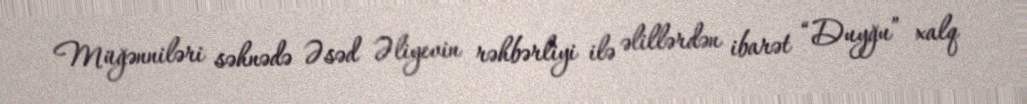
Müğənniləri səhnədə Əsəd Əliyevin rəhbərliyi ilə əlillərdən ibarət “Duyğu” xalq